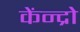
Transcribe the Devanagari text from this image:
केंन्द्रो